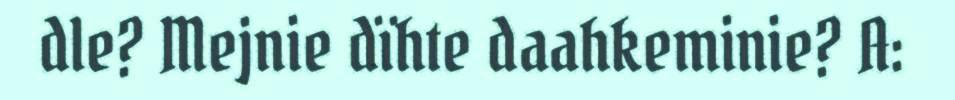
dle? Mejnie dïhte daahkeminie? A: